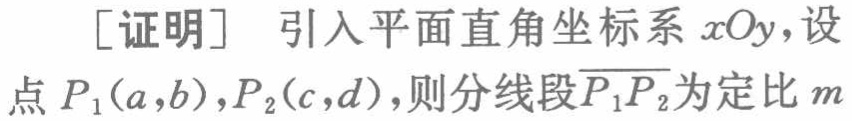
[证明] 引入平面直角坐标系 \(xOy\)，设点 \(P_1(a,b)\)，\(P_2(c,d)\)，则分线段\(\overline{P_1P_2}\)为定比 \(m\)